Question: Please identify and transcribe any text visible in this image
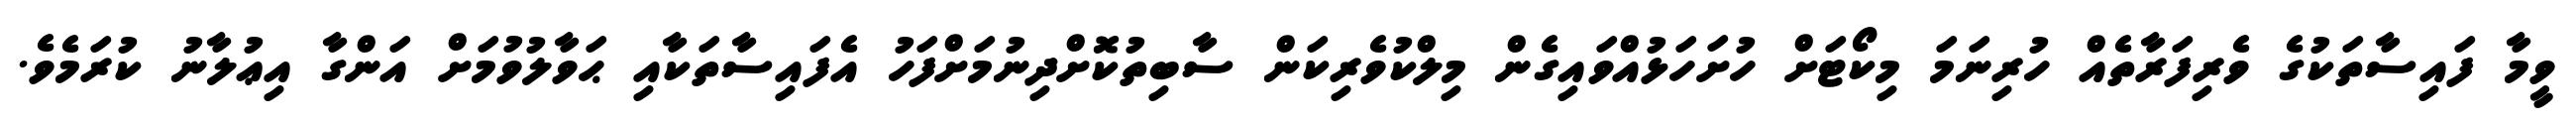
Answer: ވީމާ ފައިސާތަކުގެ ވެރިފަރާތެއް ހުރިނަމަ މިކޯޓަށް ހުށަހަޅުއްވައިގެން މިލްކުވެރިކަން ސާބިތުކޮށްދިނުމަށްފަހު އެފައިސާތަކާއި ޙަވާލުވުމަށް އަންގާ އިޢުލާނު ކުރަމެވެ.